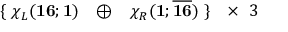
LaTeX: \begin{array} { l c c c r } { { \{ \; \chi _ { L } ( { \bf 1 6 } ; { \bf 1 } ) } } & { { \oplus } } & { { \chi _ { R } ( { \bf 1 } ; \overline { { { { \bf 1 6 } } } } ) \; \} } } & { { \times \; \; 3 } } \end{array}